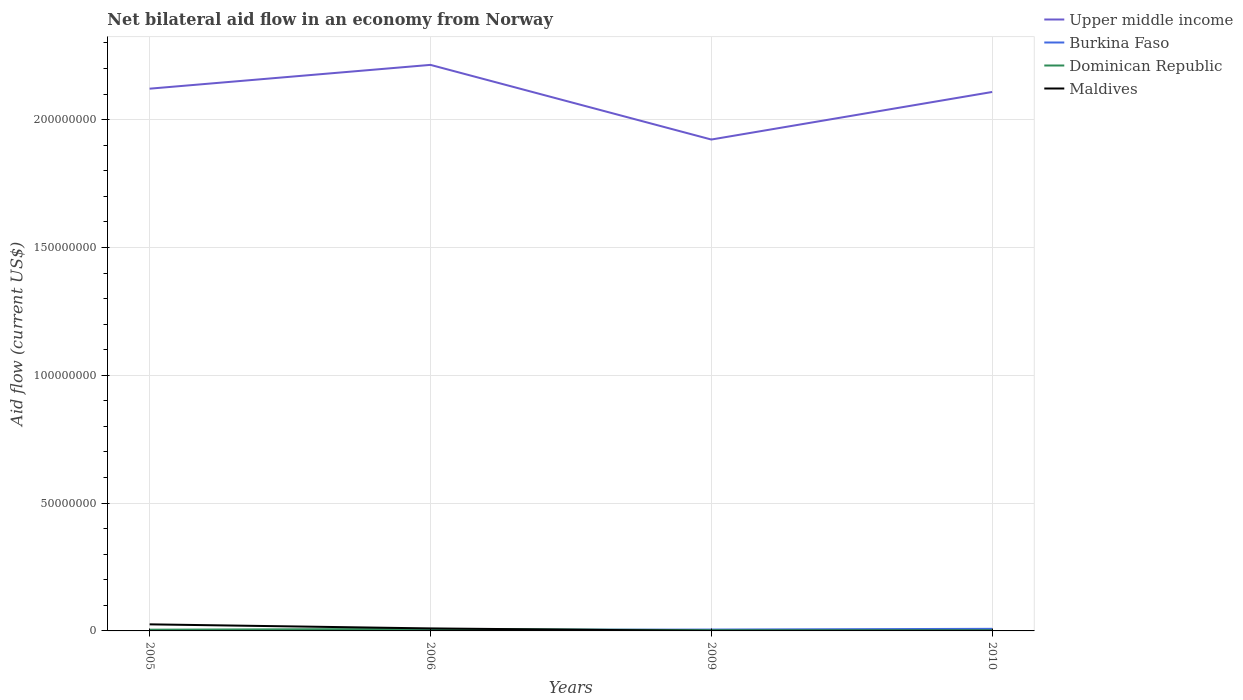
| Years | Upper middle income | Burkina Faso | Dominican Republic | Maldives |
 | --- | --- | --- | --- | --- |
 | 2005 | 2.12e+08 | 2.2e+05 | 4.8e+05 | 2.57e+06 |
 | 2006 | 2.21e+08 | 3.7e+05 | 7.9e+05 | 9.8e+05 |
 | 2009 | 1.92e+08 | 5.3e+05 | 2.9e+05 | 1e+04 |
 | 2010 | 2.11e+08 | 8.2e+05 | 2.6e+05 | 3e+04 |